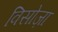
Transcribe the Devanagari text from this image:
विसोज़ा